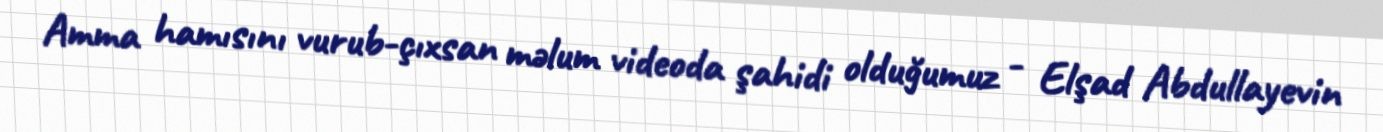
Amma hamısını vurub-çıxsan məlum videoda şahidi olduğumuz - Elşad Abdullayevin